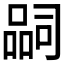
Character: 𭊉